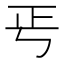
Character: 𭭘